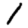
Digit: 1